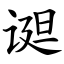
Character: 䜥